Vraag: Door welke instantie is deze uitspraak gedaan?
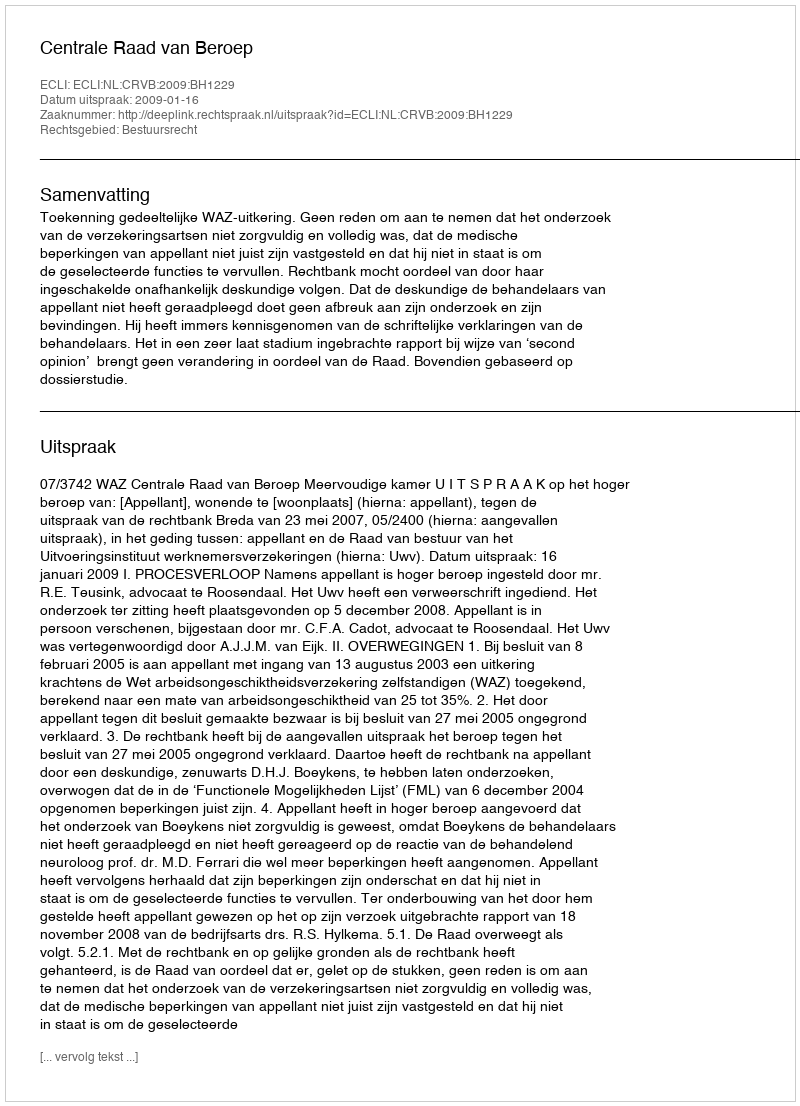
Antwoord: Centrale Raad van Beroep